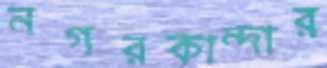
নগরকান্দার